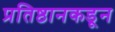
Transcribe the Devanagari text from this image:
प्रतिष्ठानकडून